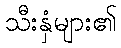
သီးနှံများ၏